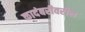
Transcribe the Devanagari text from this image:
कादंबरीवरील